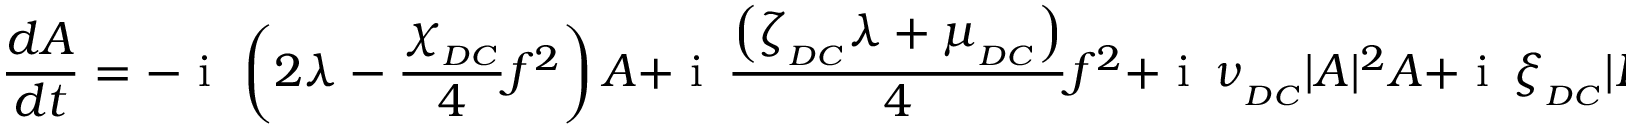
\frac { d A } { d t } = - \mathrm { ~ i ~ } \, \left( 2 \lambda - \frac { \chi _ { _ { D C } } } { 4 } f ^ { 2 } \right) A + \mathrm { ~ i ~ } \, \frac { \left( \zeta _ { _ { D C } } \lambda + \mu _ { _ { D C } } \right) } { 4 } f ^ { 2 } + \mathrm { ~ i ~ } \, \nu _ { _ { D C } } | A | ^ { 2 } A + \mathrm { ~ i ~ } \, \xi _ { _ { D C } } | B | ^ { 2 } A ,